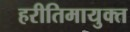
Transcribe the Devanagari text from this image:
हरीतिमायुक्‍त